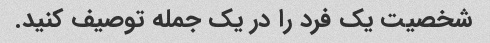
شخصیت یک فرد را در یک جمله توصیف کنید.